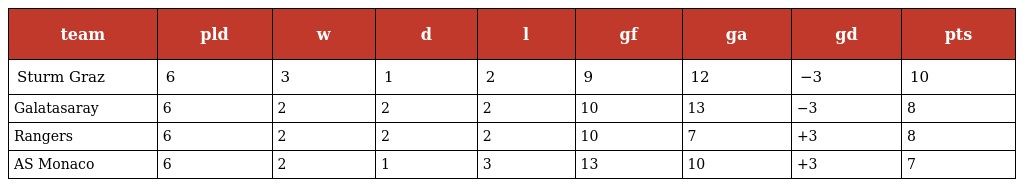
| team | pld | w | d | l | gf | ga | gd | pts |
 | --- | --- | --- | --- | --- | --- | --- | --- | --- |
 | Sturm Graz | 6 | 3 | 1 | 2 | 9 | 12 | −3 | 10 |
 | Galatasaray | 6 | 2 | 2 | 2 | 10 | 13 | −3 | 8 |
 | Rangers | 6 | 2 | 2 | 2 | 10 | 7 | +3 | 8 |
 | AS Monaco | 6 | 2 | 1 | 3 | 13 | 10 | +3 | 7 |